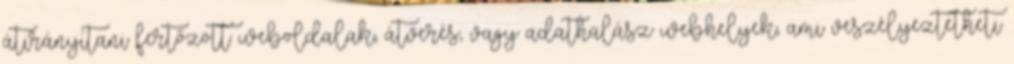
átirányítani fertőzött weboldalak, átverés, vagy adathalász webhelyek, ami veszélyeztetheti